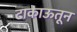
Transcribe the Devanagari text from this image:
टाकाऊतून